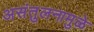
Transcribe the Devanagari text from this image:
असंतुलनामुळे